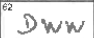
Transcription: DWW